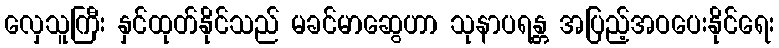
လှေသူကြီး နှင်ထုတ်နိုင်သည် မခင်မာဆွေဟာ သုနာပရန္တ အပြည့်အဝပေးနိုင်ရေး